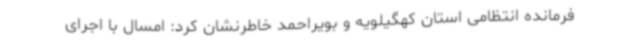
فرمانده انتظامی استان کهگیلویه و بویراحمد خاطرنشان کرد: امسال با اجرای